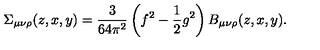
\Sigma _ { \mu \nu \rho } ( z , x , y ) = \frac { 3 } { 6 4 \pi ^ { 2 } } \left( f ^ { 2 } - \frac { 1 } { 2 } g ^ { 2 } \right) B _ { \mu \nu \rho } ( z , x , y ) .